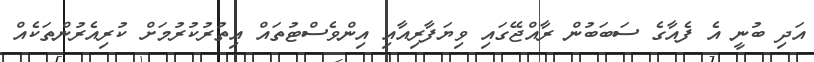
އަދި ބުނީ އެ ފެއާގެ ސަބަބުން ރާއްޖޭގައި ވިޔަފާރިއާއި އިންވެސްޓުތައް އިތުރުކުރުމަށް ކުރިއެރުންތަކެއް